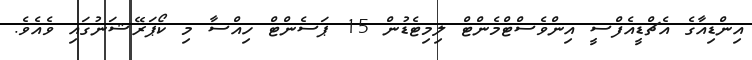
އިންޑިއާގެ އެޗްޑީއެފްސީ އިންވެސްޓްމެންޓް ލިމިޓެޑުން 15 ޕަސެންޓް ހިއްސާ މި ކޯޕަރޭޝަނުގައި ވެއެވެ.